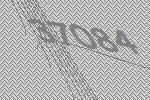
37084